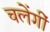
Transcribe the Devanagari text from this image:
चलेंगीं